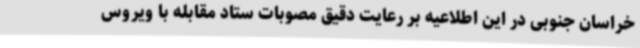
خراسان جنوبی در این اطلاعیه بر رعایت دقیق مصوبات ستاد مقابله با ویروس